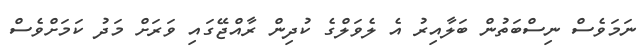
ނަމަވެސް ނިސްބަތުން ބަލާއިރު އެ ލެވަލްގެ ކުދިން ރާއްޖޭގައި ވަރަށް މަދު ކަމަށްވެސް